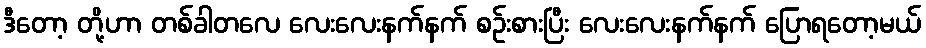
ဒီတော့ တို့ဟာ တစ်ခါတလေ လေးလေးနက်နက် စဉ်းစားပြီး လေးလေးနက်နက် ပြောရတော့မယ်